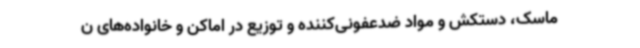
ماسک، دستکش و مواد ضدعفونی‌کننده و توزیع در اماکن و خانواده‌های ن